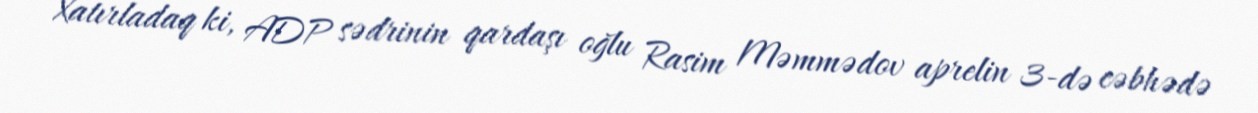
Xatırladaq ki, ADP sədrinin qardaşı oğlu Rasim Məmmədov aprelin 3-də cəbhədə